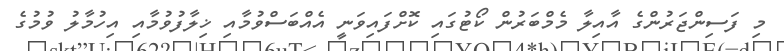
މި ފަސިންޖަރުންގެ އާއިލާ މެމްބަރުން ކޯޓުގައި ކޮށްފައިވަނީ އެއްބަސްވުމާއި ޚިލާފުވުމާއި އިހުމާލު ވުމުގެ